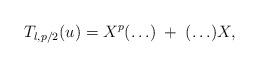
LaTeX: \begin{align*}T_{l, p/2}(u) = X^p(\ldots) \; + \; (\ldots) X,\end{align*}